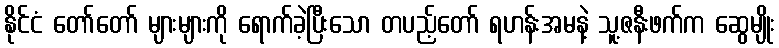
နိုင်ငံ တော်တော် များများကို ရောက်ခဲ့ပြီးသော တပည့်တော် ရဟန်းအမနဲ့ သူ့ဇနီးဖက်က ဆွေမျိုး